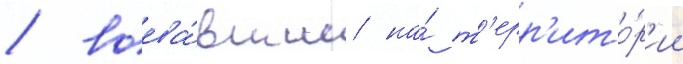
/ воева́вшие на́ т'ерр'ито́р'ии